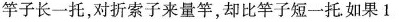
竿子长一托，对折索子来量竿，却比竿子短一托如果1